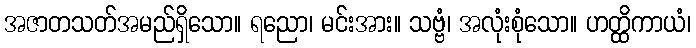
အဇာတသတ်အမည်ရှိသော။ ရညော၊ မင်းအား။ သဗ္ဗံ၊ အလုံးစုံသော။ ဟတ္ထိကာယံ၊